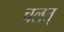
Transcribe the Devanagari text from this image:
चलत्